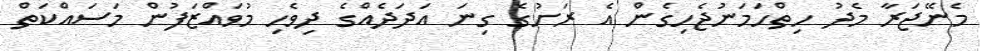
މެނޭޖަރާ މެދު ހިތްހަމަނުޖެހިގެން އެ ރަށުގެ ގިނަ އަދަދެއްގެ ދިވެހި މުވައްޒަފުން މަސައްކަތް